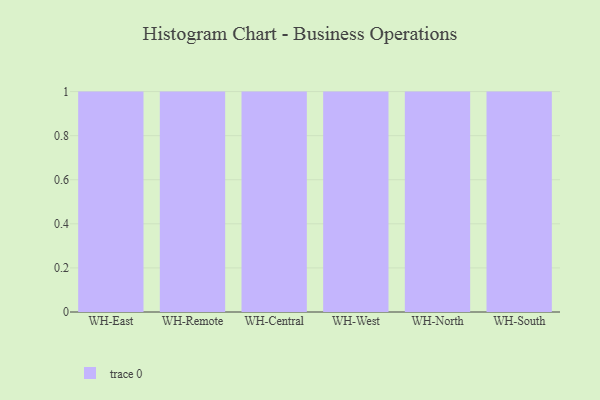
{"axis": {"x": "Warehouse", "y": "Gross Profit (USD K)"}, "legend": [""], "data": [{"x": "WH-East", "y": 41, "type": ""}, {"x": "WH-Remote", "y": 79, "type": ""}, {"x": "WH-Central", "y": 48, "type": ""}, {"x": "WH-West", "y": 7, "type": ""}, {"x": "WH-North", "y": 46, "type": ""}, {"x": "WH-South", "y": 48, "type": ""}]}